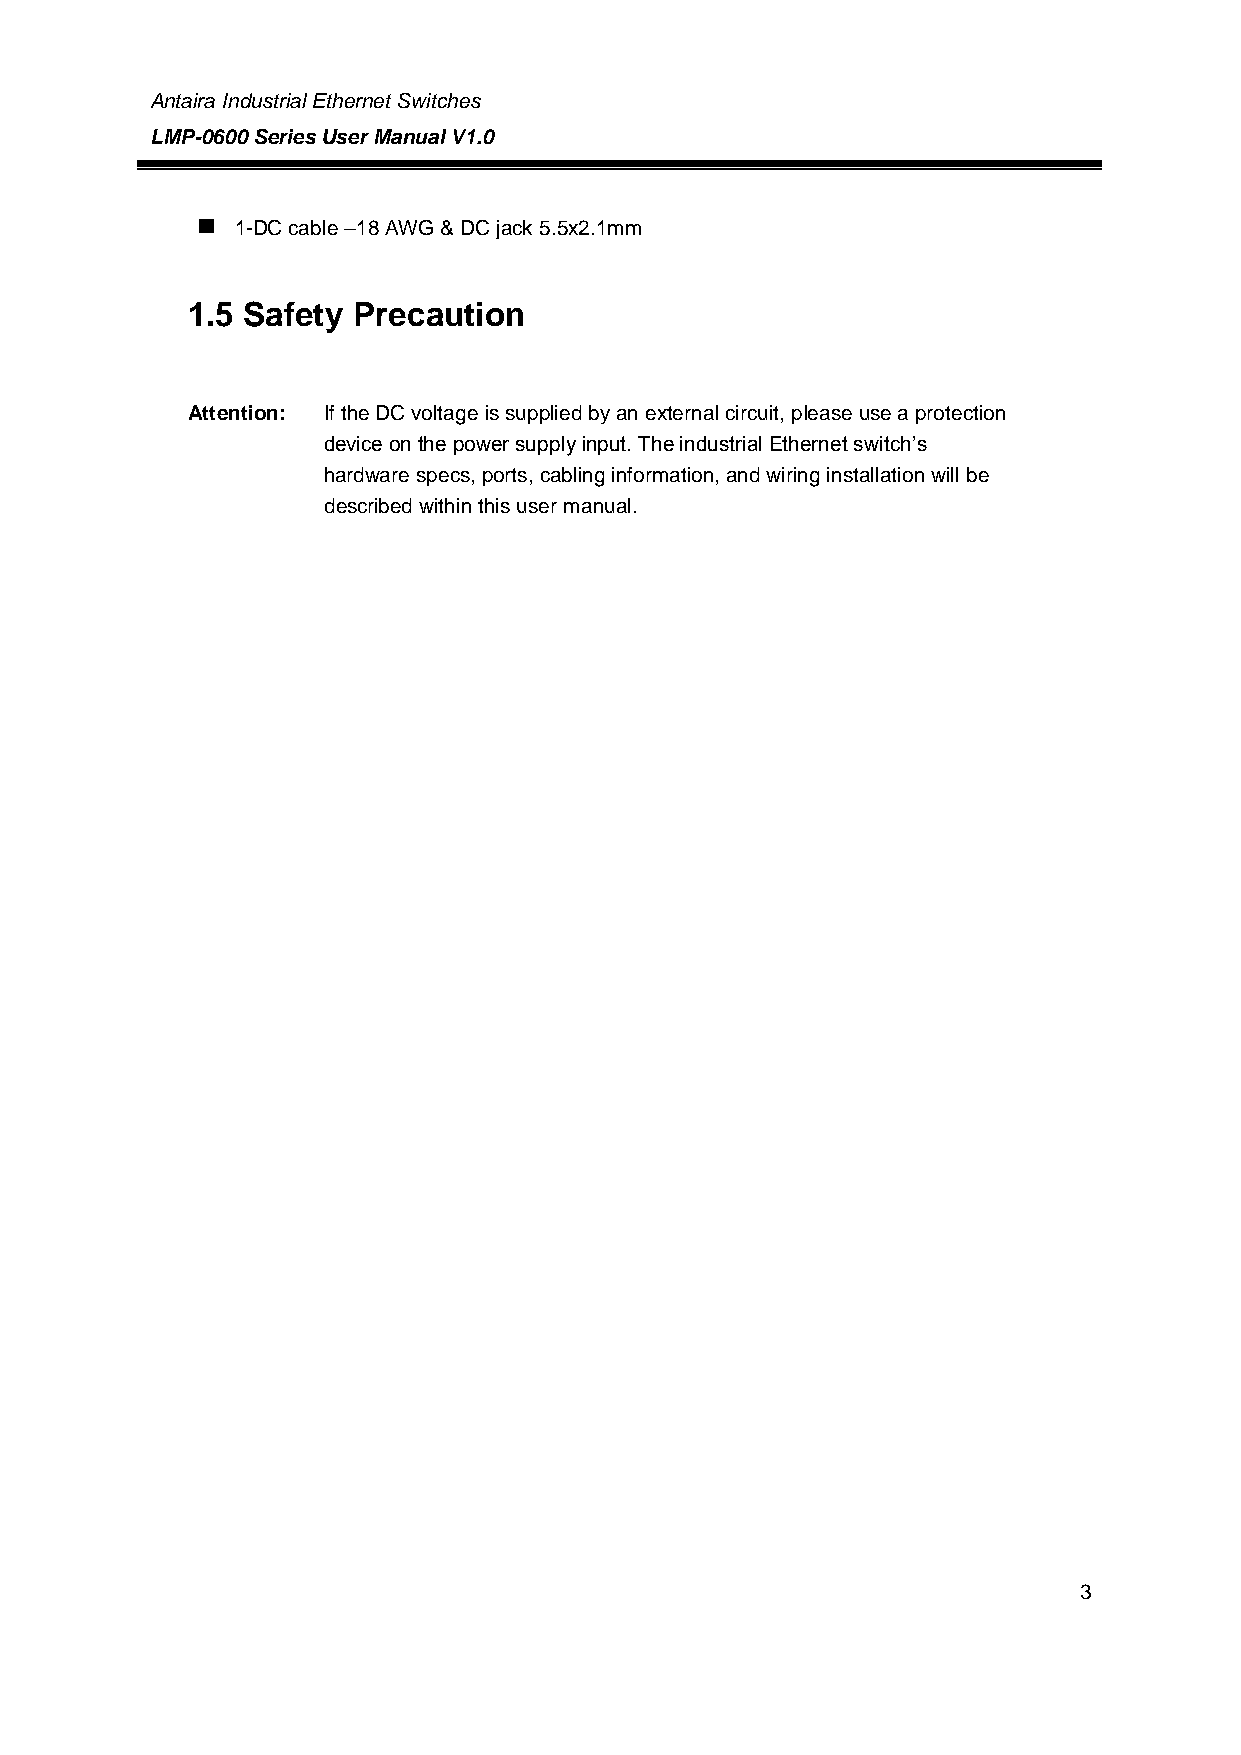
Antaira Industrial Ethernet Switches
 LMP-0600 Series User Manual V1.0
   1-DC cable –18 AWG & DC jack 5.5x2.1mm
 1.5 Safety Precaution
 Attention: If the DC voltage is supplied by an external circuit, please use a protection
 device on the power supply input. The industrial Ethernet switch’s
 hardware specs, ports, cabling information, and wiring installation will be
 described within this user manual.
 3